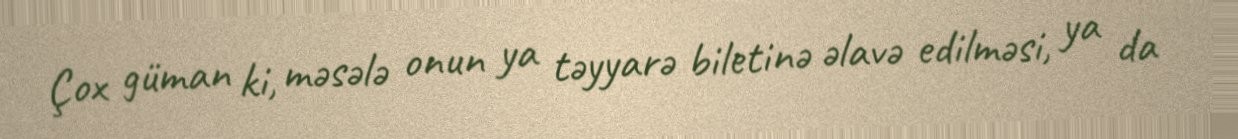
Çox güman ki, məsələ onun ya təyyarə biletinə əlavə edilməsi, ya da